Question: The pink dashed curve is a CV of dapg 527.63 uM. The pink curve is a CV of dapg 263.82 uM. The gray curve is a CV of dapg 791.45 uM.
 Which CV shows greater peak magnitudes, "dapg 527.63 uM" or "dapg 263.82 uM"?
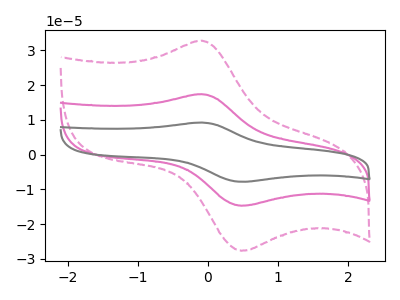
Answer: <think>The pink dashed curve "dapg 527.63 uM" has an anodic peak at (-0.10V, 32.80uA) and a cathodic peak at (0.50V, -27.65uA). The pink curve "dapg 263.82 uM" has an anodic peak at (-0.10V, 17.45uA) and a cathodic peak at (0.50V, -14.70uA). The gray curve "dapg 791.45 uM" has an anodic peak at (-0.10V, 34.85uA) and a cathodic peak at (0.50V, -29.35uA).</think>
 <answer>Every peak in "dapg 527.63 uM" is higher than every peak in "dapg 263.82 uM".</answer>
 <eval>higher</eval>